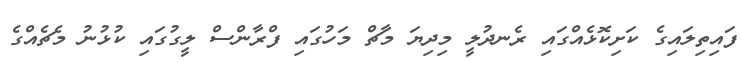
ފައިތިލައިގެ ކަށިކޮޅެއްގައި ރެނދުލީ މިދިޔަ މާޗް މަހުގައި ފްރާންސް ލީގުގައި ކުޅުނު މެޗެއްގެ